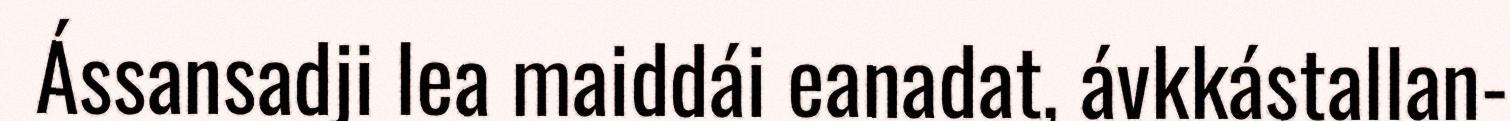
Ássansadji lea maiddái eanadat, ávkkástallan-